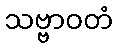
သဗ္ဗာဝတံ